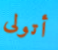
أتولى